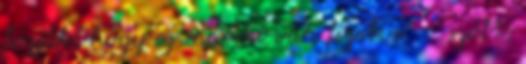
fogják, hogy ez már ki van fizetve” – szólt,